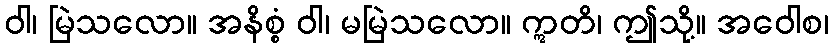
ဝါ၊ မြဲသလော။ အနိစ္စံ ဝါ၊ မမြဲသလော။ ဣတိ၊ ဤသို့။ အဝေါစ၊